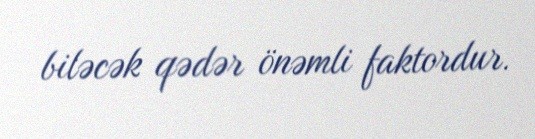
biləcək qədər önəmli faktordur.